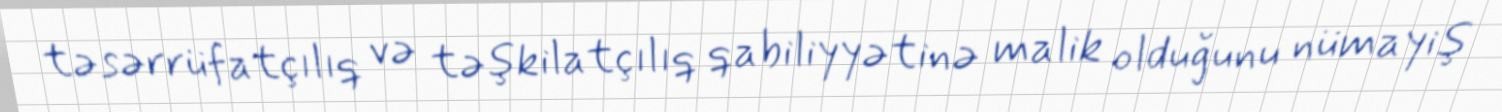
təsərrüfatçılıq və təşkilatçılıq qabiliyyətinə malik olduğunu nümayiş